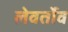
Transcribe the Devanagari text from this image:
लेवर्तोव